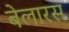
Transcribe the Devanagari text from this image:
बेलारस